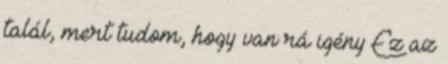
talál, mert tudom, hogy van rá igény Ez az